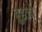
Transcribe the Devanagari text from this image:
हुइजो